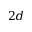
2 d